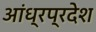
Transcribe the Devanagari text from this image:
अांध्रप्रदेश